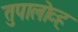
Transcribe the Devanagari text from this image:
तुपालोव्ह